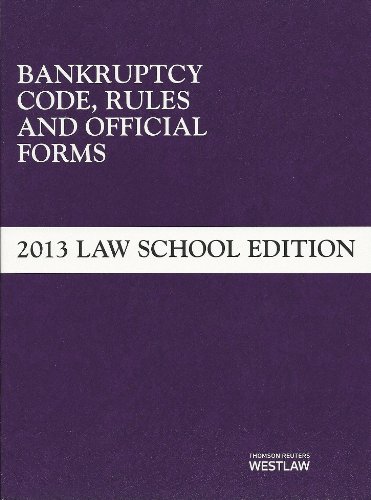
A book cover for Bankruptcy Code, Rules and Official Forms, June 2013 Law School Edition (Selected Statutes); West Academic Publishing; Law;